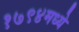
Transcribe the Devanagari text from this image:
१७९४मध्ये